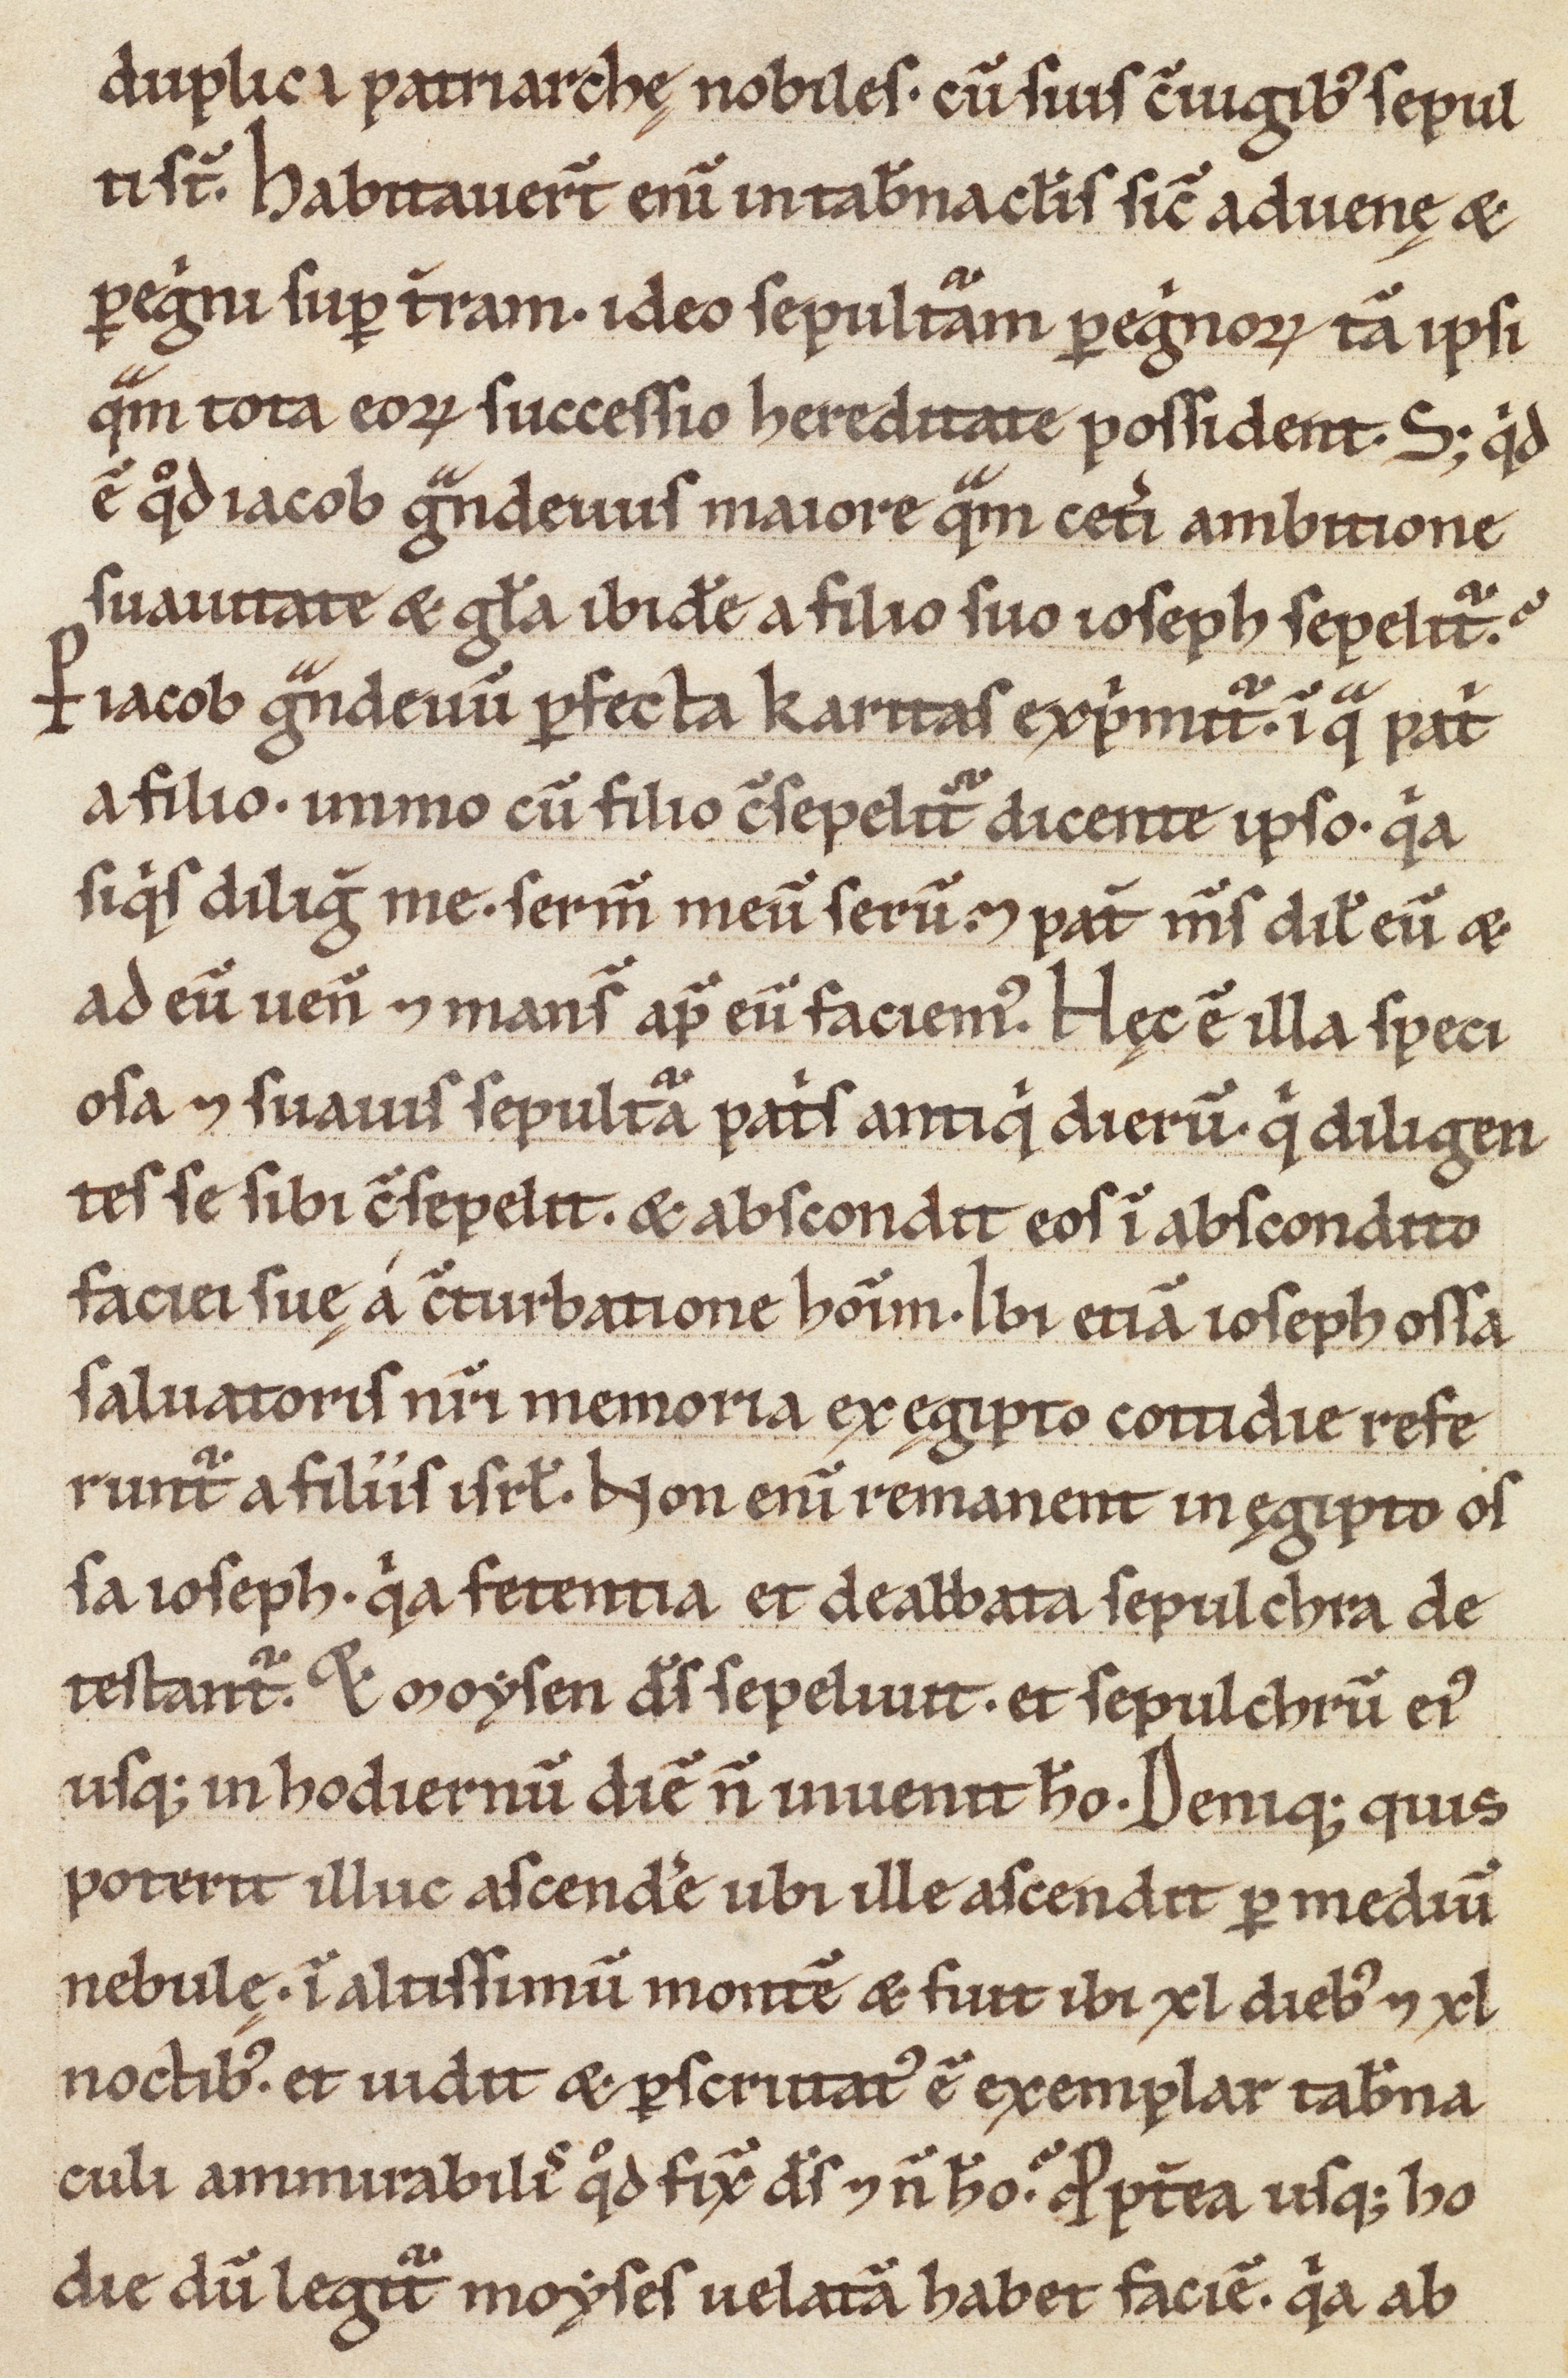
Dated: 900–1099